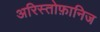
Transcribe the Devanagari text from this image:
अरिस्तोफ़ानिज